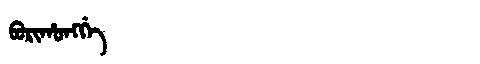
Manchu: ᠪᠣᡵᡳᡥᠣᠩᡤᡝ
Romanization: BORIHONGGE